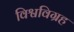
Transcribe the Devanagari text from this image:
विश्वविग्रह